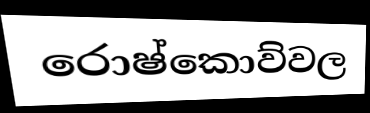
රොෂ්කොව්වල